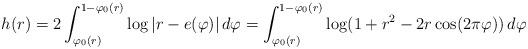
LaTeX: \begin{align*}h(r) = 2\int_{\varphi_{0}(r)}^{1-\varphi_{0}(r)} \log{|r -e(\varphi)|} \, d\varphi = \int_{\varphi_{0}(r)}^{1-\varphi_{0}(r)} \log(1+r^{2} -2r\cos(2\pi\varphi))\, d\varphi\end{align*}